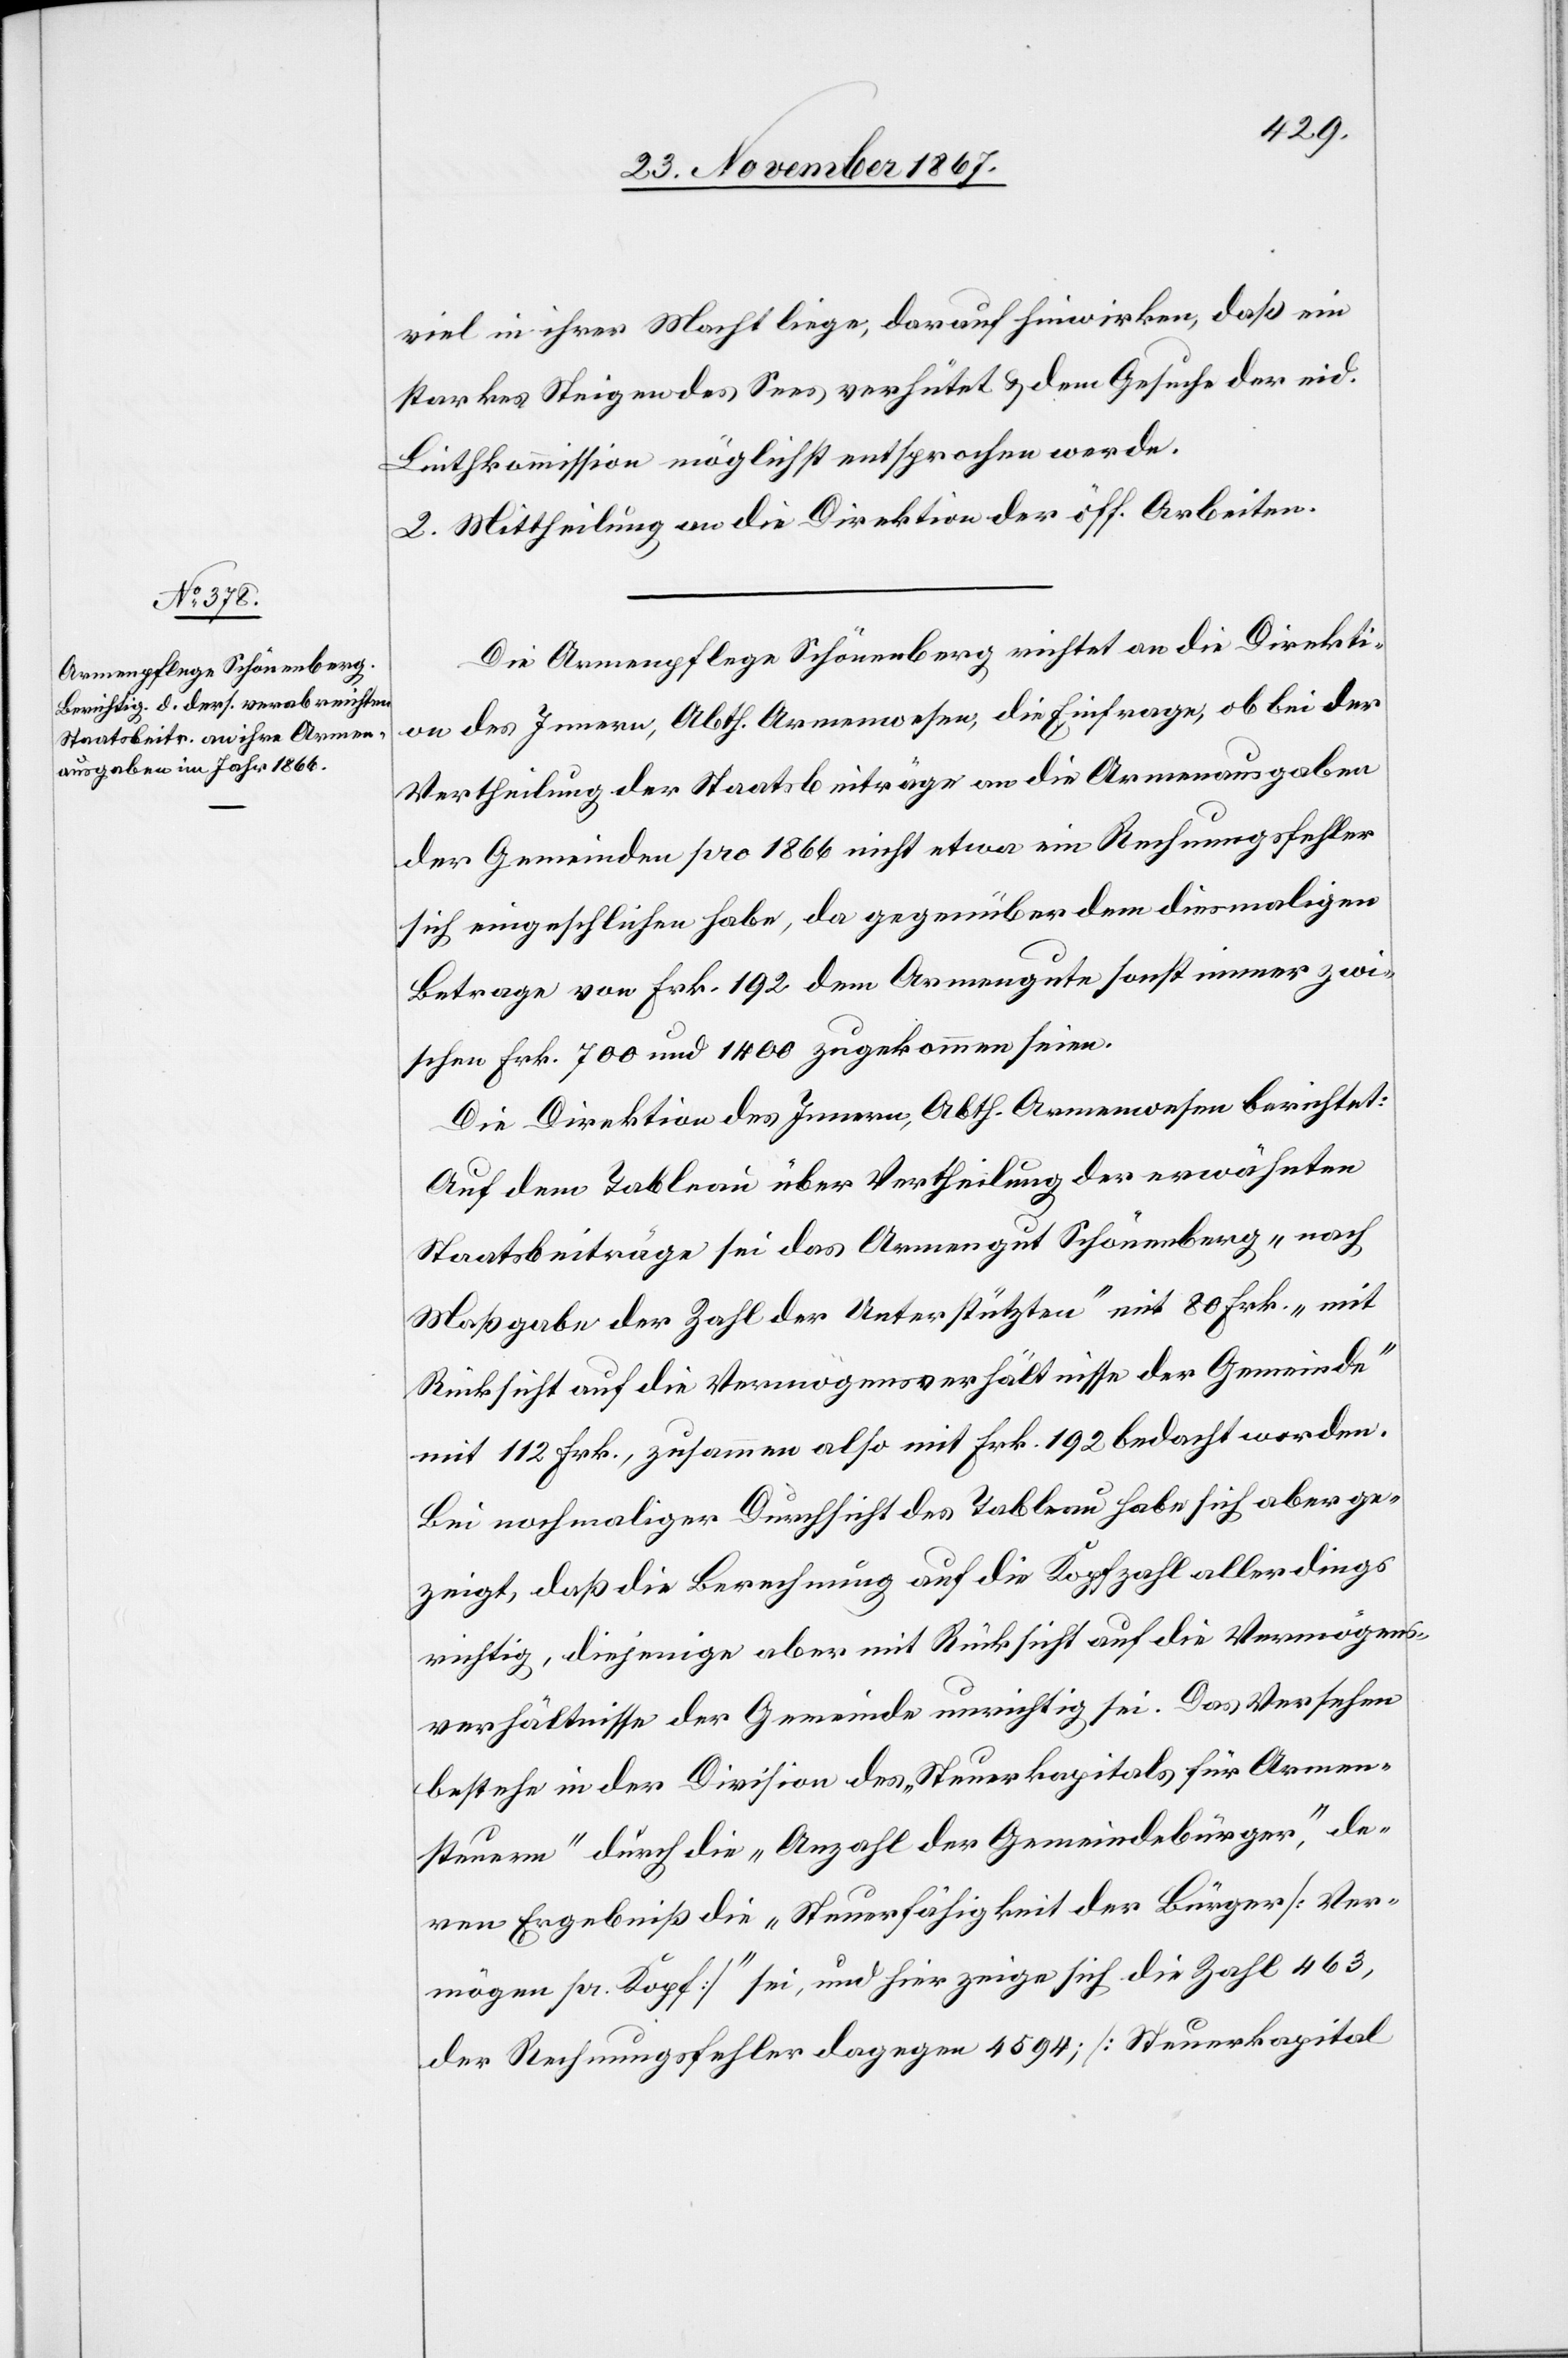
Die Armenpflege Schönenberg richtet an die Direkti¬
on des Innern, Abth. Armenwesen, die Einfrage, ob bei der
Vertheilung der Staatsbeiträge an die Armenausgaben
der Gemeinden pro 1866 nicht etwa ein Rechnungsfehler
sich eingeschlichen habe, da gegenüber dem diesmaligen
Betrage von Frk. 192 dem Armengute sonst immer zwi¬
schen Frk. 700 und 1400 zugekommen seien.
Die Direktion des Innern, Abth. Armenwesen berichtet:
Auf dem Tableau über Vertheilung der erwähnten
Staatsbeiträge sei das Armengut Schönenberg „nach
Maßgabe der Zahl der Unterstützten“ mit 80 Frk. „mit
Rücksicht auf die Vermögensverhältnisse der Gemeinde“
mit 112 Frk., zusammen als mit Frk. 192 bedacht worden.
Bei nochmaliger Durchsicht des Tableau habe sich aber ge¬
zeigt, daß die Berechnung auf die Kopfzahl allerdings
richtig, diejenige aber mit Rücksicht auf die Vermögens¬
verhältnisse der Gemeinde unrichtig sei. Das Versehen
bestehe in der Division des „Steuerkapitals für Armen¬
steuern“ durch die „Anzahl der Gemeindebürger“, de¬
ren Ergebniß die „Steuerfähigkeit der Bürger [Ver¬
mögen pr. Kopf]“ sei, und hier zeige sich die Zahl 463,
der Rechnungsfehler dagegen 4594; [Steuerkapital